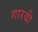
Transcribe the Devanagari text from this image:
गारबी